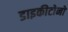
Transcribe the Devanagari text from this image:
डाइकीटोनों